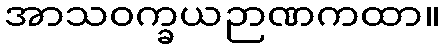
အာသဝက္ခယဉာဏကထာ။